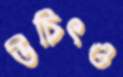
উচিৎও